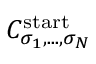
C _ { \sigma _ { 1 } , . . . , \sigma _ { N } } ^ { \mathrm { s t a r t } }